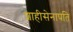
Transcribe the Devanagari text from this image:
शाहीसेनापति